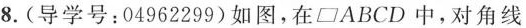
8.(导学号：04962299)如图，在\parallelogram ABCD中，对角线